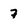
Character: 7